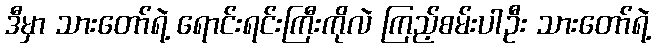
ဒီမှာ သားတော်ရဲ့ ရောင်းရင်းကြီးကိုလဲ ကြည့်စမ်းပါဦး သားတော်ရဲ့